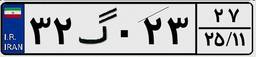
۲۸گ۳۴۲۶۶